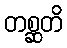
တစ္ဆတိ